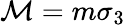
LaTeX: \mathcal{M}=m\sigma_{3}